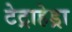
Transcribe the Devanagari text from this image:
टेट्राहेड्रा